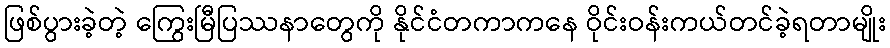
ဖြစ်ပွားခဲ့တဲ့ ကြွေးမြီပြဿနာတွေကို နိုင်ငံတကာကနေ ဝိုင်းဝန်းကယ်တင်ခဲ့ရတာမျိုး